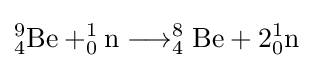
_{4}^{9}{\text{Be}}+_{0}^{1}{\text{n}}\longrightarrow _{4}^{8}{\text{Be}}+2_{0}^{1}{\text{n}}